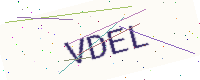
Text: VDEL